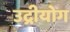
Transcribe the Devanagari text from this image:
उद्रीयोग